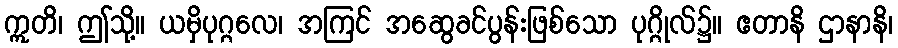
ဣတိ၊ ဤသို့။ ယမှိပုဂ္ဂလေ၊ အကြင် အဆွေခင်ပွန်းဖြစ်သော ပုဂ္ဂိုလ်၌။ ဧတာနိ ဌာနာနိ၊